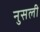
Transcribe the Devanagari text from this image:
नुसली